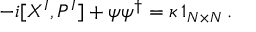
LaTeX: - i [ X ^ { I } , P ^ { I } ] + \psi \psi ^ { \dagger } = \kappa \, 1 _ { N \times N } \, .